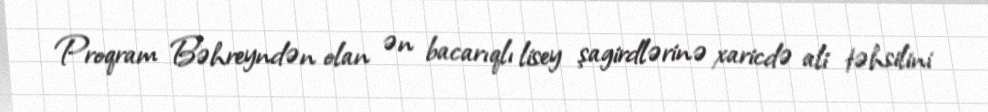
Proqram Bəhreyndən olan ən bacarıqlı lisey şagirdlərinə xaricdə ali təhsilini